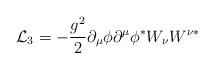
LaTeX: \begin{align*}{\cal L}_3 = -\frac{g^2}{2} \partial _{\mu} \phi \partial ^{\mu}\phi ^{\ast} W_{\nu} W^{\nu \ast}\end{align*}